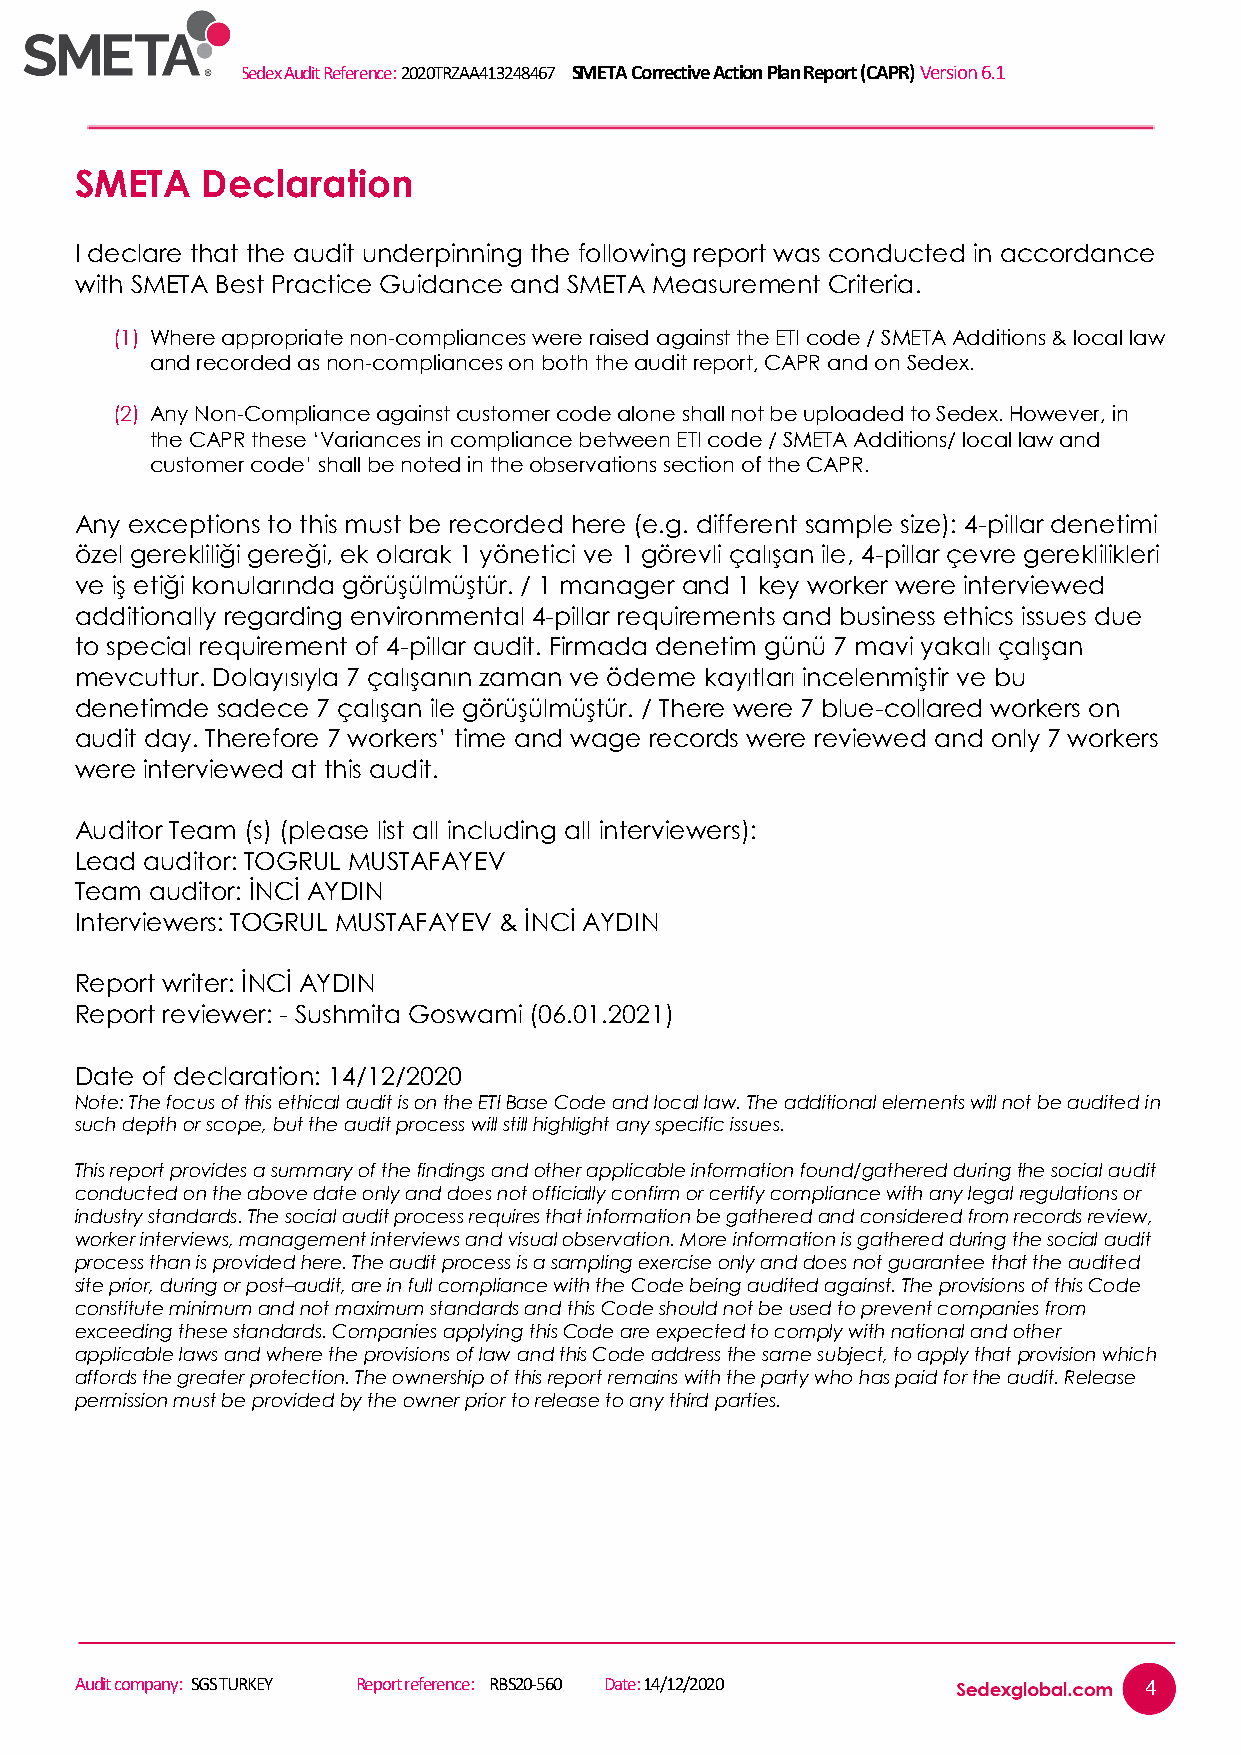
Sedex Audit Reference: 2020TRZAA413248467 SMETA Corrective Action Plan Report (CAPR) Version 6.1
 SMETA   Declaration
 I declare that the audit underpinning the following report was conducted in accordance
 with SMETA Best Practice Guidance and SMETA Measurement Criteria.
 (1) Where appropriate non-compliances were raised against the ETI code / SMETA Additions & local law
 and recorded as non-compliances on both the audit report, CAPR and on Sedex.
 (2) Any Non-Compliance against customer code alone shall not be uploaded to Sedex. However, in
 the CAPR these ‘Variances in compliance between ETI code / SMETA Additions/ local law and
 customer code’ shall be noted in the observations section of the CAPR.
 Any exceptions to this must be recorded here (e.g. different sample size): 4-pillar denetimi
 özel gerekliliği gereği, ek olarak 1 yönetici ve 1 görevli çalışan ile, 4-pillar çevre gereklilikleri
 ve iş etiği konularında görüşülmüştür. / 1 manager and 1 key worker were interviewed
 additionally regarding environmental 4-pillar requirements and business ethics issues due
 to special requirement of 4-pillar audit. Firmada denetim günü 7 mavi yakalı çalışan
 mevcuttur. Dolayısıyla 7 çalışanın zaman ve ödeme kayıtları incelenmiştir ve bu
 denetimde sadece 7 çalışan ile görüşülmüştür. / There were 7 blue-collared workers on
 audit day. Therefore 7 workers’ time and wage records were reviewed and only 7 workers
 were interviewed at this audit.
 Auditor Team (s) (please list all including all interviewers):
 Lead auditor: TOGRUL MUSTAFAYEV
 Team auditor: ĐNCĐ AYDIN
 Interviewers: TOGRUL MUSTAFAYEV & ĐNCĐ AYDIN
 Report writer: ĐNCĐ AYDIN
 Report reviewer: - Sushmita Goswami (06.01.2021)
 Date of declaration: 14/12/2020
 Note: The focus of this ethical audit is on the ETI Base Code and local law. The additional elements will not be audited in
 such depth or scope, but the audit process will still highlight any specific issues.
 This report provides a summary of the findings and other applicable information found/gathered during the social audit
 conducted on the above date only and does not officially confirm or certify compliance with any legal regulations or
 industry standards. The social audit process requires that information be gathered and considered from records review,
 worker interviews, management interviews and visual observation. More information is gathered during the social audit
 process than is provided here. The audit process is a sampling exercise only and does not guarantee that the audited
 site prior, during or post–audit, are in full compliance with the Code being audited against. The provisions of this Code
 constitute minimum and not maximum standards and this Code should not be used to prevent companies from
 exceeding these standards. Companies applying this Code are expected to comply with national and other
 applicable laws and where the provisions of law and this Code address the same subject, to apply that provision which
 affords the greater protection. The ownership of this report remains with the party who has paid for the audit. Release
 permission must be provided by the owner prior to release to any third parties.
 Audit company: SGS TURKEY Report reference: RBS20-560 Date: 14/12/2020 4